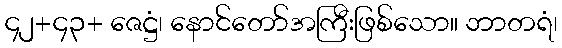
၄၂+၄၃+ ဇေဋ္ဌံ၊ နောင်တော်အကြီးဖြစ်သော။ ဘာတရံ၊